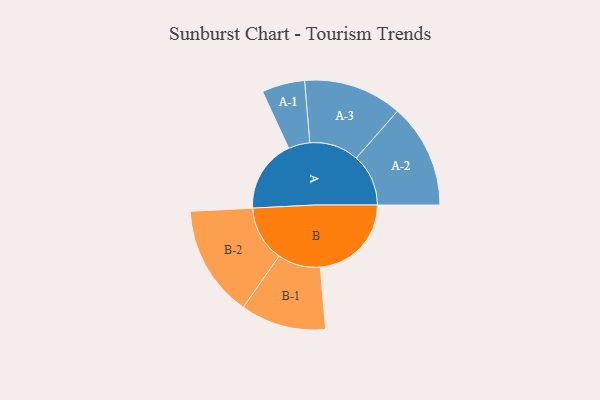
{"axis": {"x": "Segment", "y": "Value"}, "legend": ["", "A", "B"], "data": [{"x": "A", "y": 387, "type": ""}, {"x": "B", "y": 484, "type": ""}, {"x": "A-1", "y": 114, "type": "A"}, {"x": "A-2", "y": 277, "type": "A"}, {"x": "A-3", "y": 262, "type": "A"}, {"x": "B-1", "y": 227, "type": "B"}, {"x": "B-2", "y": 296, "type": "B"}]}